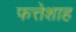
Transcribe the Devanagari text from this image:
फत्तेशाह